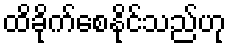
ထိခိုက်စေနိုင်သည်ဟု